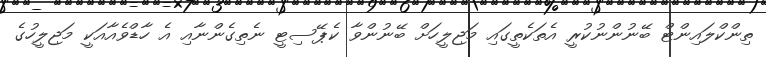
ތިންކްލައިންޓް ބޭނުންނުކުރީ އެތަކެތީގައި މަޖިލީހަށް ބޭނުންވާ ކެޕޭސިޓީ ނެތިގެންނާއި އެ ހާޑްވެއާއަކީ މަޖިލީހުގެ